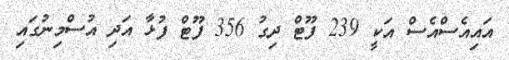
އައިއެސްއެސް އަކީ 239 ފޫޓް ދިގު 356 ފޫޓް ފުޅާ އަދި އުސްމިނުގައި